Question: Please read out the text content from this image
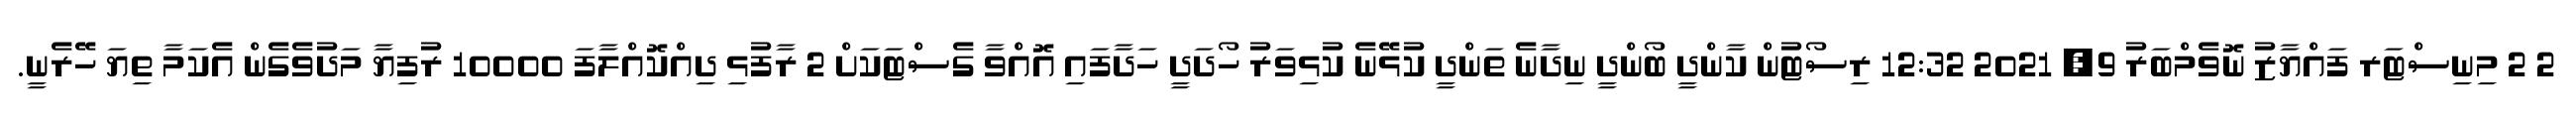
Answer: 2 2 މިނިސްޓަރ ފައްޔާޒު ނޮވެމްބަރު 9, 2021 12:32 ރިސޯޓުން ކާންދީ ބޯންދީ ނިދާނެ ތަންދީ ކުޅޭނެ ކުޅިވަރު ހޯދަދީ ހަދާފައި އޮއްވާ ގެސްޓަކަށް 2 ރާފުޅި ދިއްކޮއްލާފަ 10000 ރުފިޔާ މަދުވެގެން އެކަމާ ތިޔަ ހޭރެނީ.